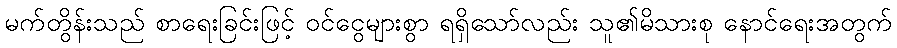
မက်တွိန်းသည် စာရေးခြင်းဖြင့် ဝင်ငွေများစွာ ရရှိသော်လည်း သူ၏မိသားစု နောင်ရေးအတွက်